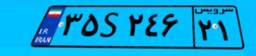
۸۹S۵۸۶۹۸